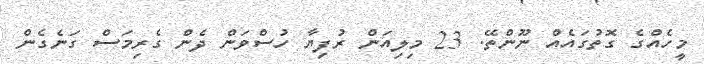
މީހެއްގެ ގޮތުގައެެއް ނޫންތޭ. 23 މިލިއަން ރުފިޔާ ހުސްވަން ދެން ގެރިމަސް ގަނެގެން